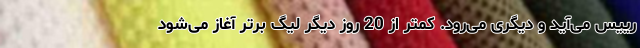
رییس می‌آید و دیگری می‌رود. کمتر از 20 روز دیگر لیگ برتر آغاز می‌شود